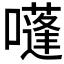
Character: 𡂫